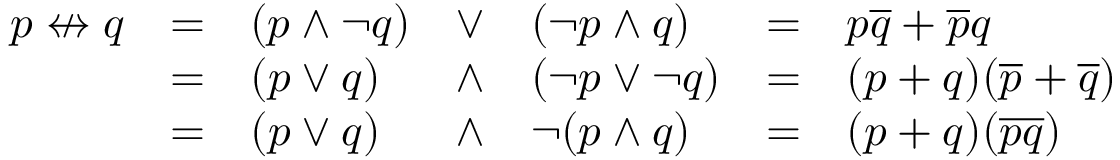
{ \begin{array} { l l l l l l l } { p \nleftrightarrow q } & { = } & { ( p \land \lnot q ) } & { \lor } & { ( \lnot p \land q ) } & { = } & { p { \overline { { q } } } + { \overline { { p } } } q } \\ & { = } & { ( p \lor q ) } & { \land } & { ( \lnot p \lor \lnot q ) } & { = } & { ( p + q ) ( { \overline { { p } } } + { \overline { { q } } } ) } \\ & { = } & { ( p \lor q ) } & { \land } & { \lnot ( p \land q ) } & { = } & { ( p + q ) ( { \overline { { p q } } } ) } \end{array} }